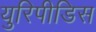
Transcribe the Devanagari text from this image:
युरिपीडिस